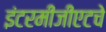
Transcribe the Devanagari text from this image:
इंटरमीजीएटचे